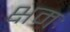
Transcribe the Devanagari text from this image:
क्षमः